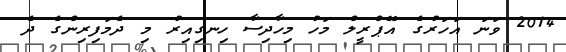
2014 ވަނަ އަހަރުގެ އޭޕްރީލް މަހު މިހާދިސާ ހިނގިއިރު މި ދެމަފިރިންގެ ދެ